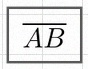
\overline{AB}